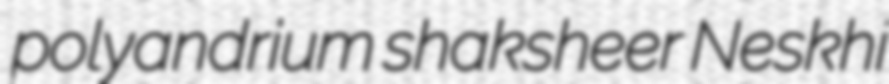
polyandrium shaksheer Neskhi